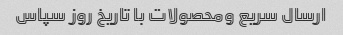
ارسال سریع ومحصولات با تاریخ روز سپاس